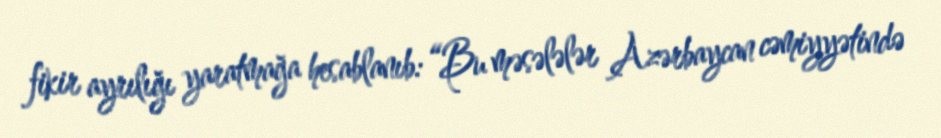
fikir ayrılığı yaratmağa hesablanıb: “Bu məsələlər Azərbaycan cəmiyyətində